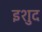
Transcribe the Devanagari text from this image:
इशुद